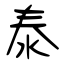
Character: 泰